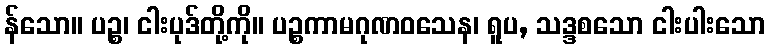
န်သော။ ပဉ္စ၊ ငါးပုဒ်တို့ကို။ ပဉ္စကာမဂုဏဝသေန၊ ရူပ, သဒ္ဒစသော ငါးပါးသော